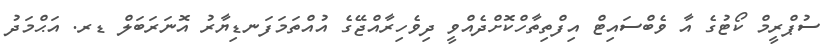
ސުޕްރީމް ކޯޓުގެ އާ ވެބްސައިޓް އިފްތިތާހްކޮށްދެއްވީ ދިވެހިރާއްޖޭގެ އުއްތަމަފަނޑިޔާރު އޮނަރަބަލް ޑރ. އަޙްމަދު